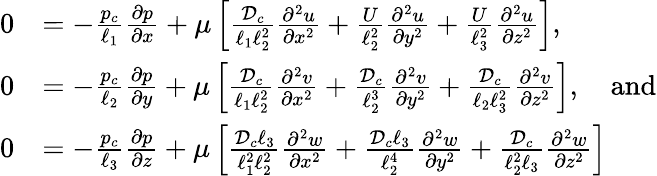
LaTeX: \begin{array}{rl}{0}&{=-\frac{p_{c}}{\ell_{1}}\frac{\partial p}{\partial x}+\mu\left[\frac{{\mathcal{D}}_{c}}{\ell_{1}\ell_{2}^{2}}\frac{\partial^{2}u}{\partial x^{2}}+\frac{U}{\ell_{2}^{2}}\frac{\partial^{2}u}{\partial y^{2}}+\frac{U}{\ell_{3}^{2}}\frac{\partial^{2}u}{\partial z^{2}}\right],}\\ {0}&{=-\frac{p_{c}}{\ell_{2}}\frac{\partial p}{\partial y}+\mu\left[\frac{{\mathcal{D}}_{c}}{\ell_{1}\ell_{2}^{2}}\frac{\partial^{2}v}{\partial x^{2}}+\frac{{\mathcal{D}}_{c}}{\ell_{2}^{3}}\frac{\partial^{2}v}{\partial y^{2}}+\frac{{\mathcal{D}}_{c}}{\ell_{2}\ell_{3}^{2}}\frac{\partial^{2}v}{\partial z^{2}}\right],\quad\mathrm{and}}\\ {0}&{=-\frac{p_{c}}{\ell_{3}}\frac{\partial p}{\partial z}+\mu\left[\frac{{\mathcal{D}}_{c}\ell_{3}}{\ell_{1}^{2}\ell_{2}^{2}}\frac{\partial^{2}w}{\partial x^{2}}+\frac{{\mathcal{D}}_{c}\ell_{3}}{\ell_{2}^{4}}\frac{\partial^{2}w}{\partial y^{2}}+\frac{{\mathcal{D}}_{c}}{\ell_{2}^{2}\ell_{3}}\frac{\partial^{2}w}{\partial z^{2}}\right]}\end{array}